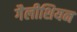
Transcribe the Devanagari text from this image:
गैलीशियन